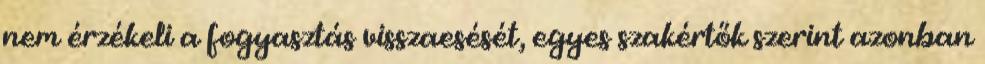
nem érzékeli a fogyasztás visszaesését, egyes szakértők szerint azonban